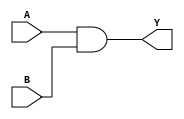
module simple_and (
    input wire A,    // Input signal A
    input wire B,    // Input signal B
    output wire Y    // Output signal Y
);

// Continuous assignment: Y is the logical AND of A and B
assign Y = A & B;

endmodule